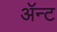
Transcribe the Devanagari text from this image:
ॲन्ट